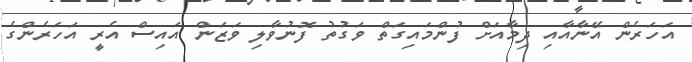
އަހަރެން އޭނާއާއި ދިމާއަށް ފުންމައިގަތް ވަގުތު ފޮނުވާލި ވަޒަން އައިސް އެރީ އަހަރެންގެ